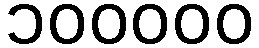
၁၀၀၀၀၀